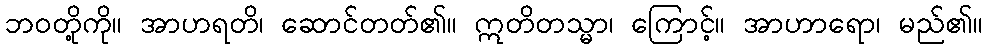
ဘဝတို့ကို။ အာဟရတိ၊ ဆောင်တတ်၏။ ဣတိတသ္မာ၊ ကြောင့်။ အာဟာရော၊ မည်၏။